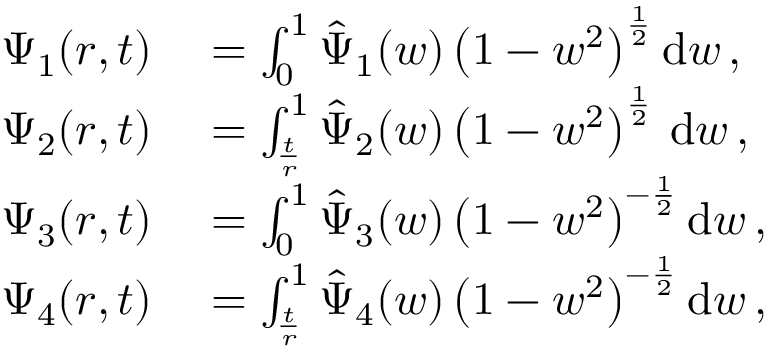
\begin{array} { r l } { \Psi _ { 1 } ( r , t ) } & { { } = \int _ { 0 } ^ { 1 } \hat { \Psi } _ { 1 } ( w ) \left( 1 - w ^ { 2 } \right) ^ { \frac { 1 } { 2 } } \mathrm { d } w \, , } \\ { \Psi _ { 2 } ( r , t ) } & { { } = \int _ { \frac { t } { r } } ^ { 1 } \hat { \Psi } _ { 2 } ( w ) \left( 1 - w ^ { 2 } \right) ^ { \frac { 1 } { 2 } } \, \mathrm { d } w \, , } \\ { \Psi _ { 3 } ( r , t ) } & { { } = \int _ { 0 } ^ { 1 } \hat { \Psi } _ { 3 } ( w ) \left( 1 - w ^ { 2 } \right) ^ { - \frac { 1 } { 2 } } \mathrm { d } w \, , } \\ { \Psi _ { 4 } ( r , t ) } & { { } = \int _ { \frac { t } { r } } ^ { 1 } \hat { \Psi } _ { 4 } ( w ) \left( 1 - w ^ { 2 } \right) ^ { - \frac { 1 } { 2 } } \mathrm { d } w \, , } \end{array}